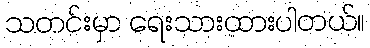
သတင်းမှာ ရေးသားထားပါတယ်။